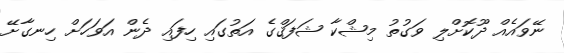
ނޭވައެއް ދޫކޮށްލި ވަގުތު މިޝްކާ ޝަފަޤްގެ އަތުގައި ހިފައި ދެން އަވަހަށް ހިނގާށޭ